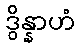
ဒွိန္နာဟံ